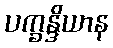
ပက္ခန္ဒိယာန